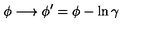
\phi \longrightarrow \phi ^ { \prime } = \phi - \ln { \gamma }